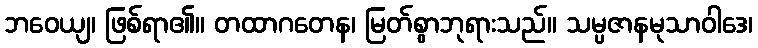
ဘဝေယျ၊ ဖြစ်ရာ၏။ တထာဂတေန၊ မြတ်စွာဘုရားသည်။ သမ္ပဇာနမုသာဝါဒေ၊